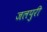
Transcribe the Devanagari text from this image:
जलपुरी